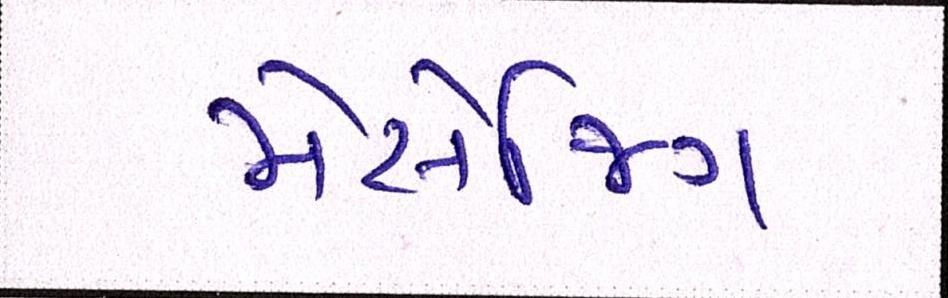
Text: મેસેજિંગ